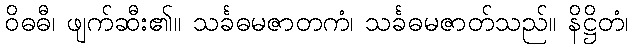
ဝိဓဓီ၊ ဖျက်ဆီး၏။ သင်္ခဓမဇာတကံ၊ သင်္ခဓမဇာတ်သည်။ နိဋ္ဌိတံ၊